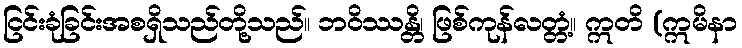
ငြင်းခုံခြင်းအစရှိသည်တို့သည်။ ဘဝိဿန္တိ၊ ဖြစ်ကုန်လတ္တံ့။ ဣတိ (ဣမိနာ